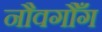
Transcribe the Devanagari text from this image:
नौवगौँग